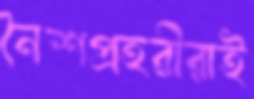
নৈশপ্রহরীরাই